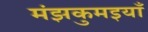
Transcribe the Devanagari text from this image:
मंझकुमइयाँ